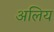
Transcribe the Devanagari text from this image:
अलिय